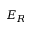
E _ { R }